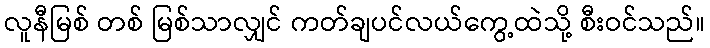
လူနီမြစ် တစ် မြစ်သာလျှင် ကတ်ချပင်လယ်ကွေ့ထဲသို့ စီးဝင်သည်။